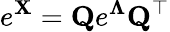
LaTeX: e^{\mathbf{X}}=\mathbf{Q}e^{\mathbf{\Lambda}}\mathbf{Q}^{\top}